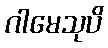
ဂါမေသုပိ